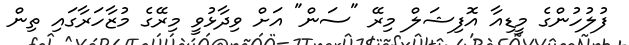
ފުލުހުންގެ މީޑިއާ އޮފިޝަލް މިރޭ "ސަން" އަށް ވިދާޅުވީ މިރޭގެ މުޒާހަރާގައި ތިން